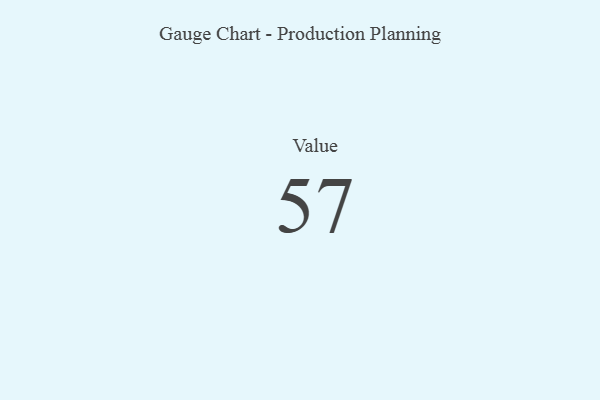
{"axis": {"x": "Metric", "y": "Value"}, "legend": [""], "data": [{"x": "Value", "y": 57, "type": ""}]}